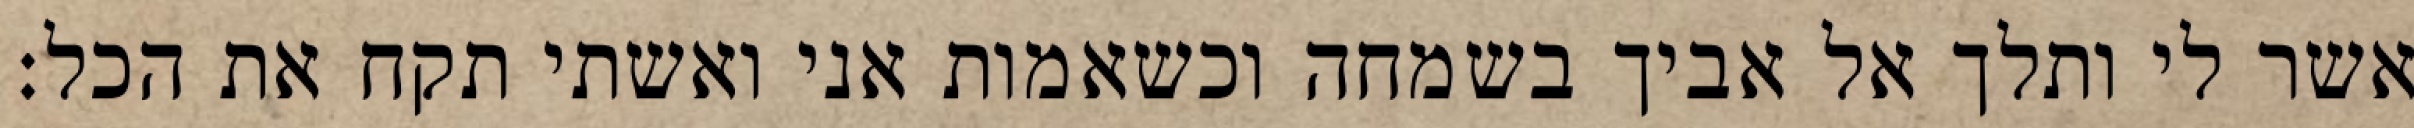
אשר לי ותלך אל אביך בשמחה וכשאמות אני ואשתי תקח את הכל: